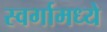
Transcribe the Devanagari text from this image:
स्वर्गामध्ये